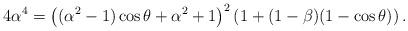
LaTeX: \begin{align*}4\alpha^4 =\left((\alpha^2-1)\cos\theta+\alpha^2+1\right)^2 \left(1 + (1-\beta)(1-\cos\theta)\right).\end{align*}